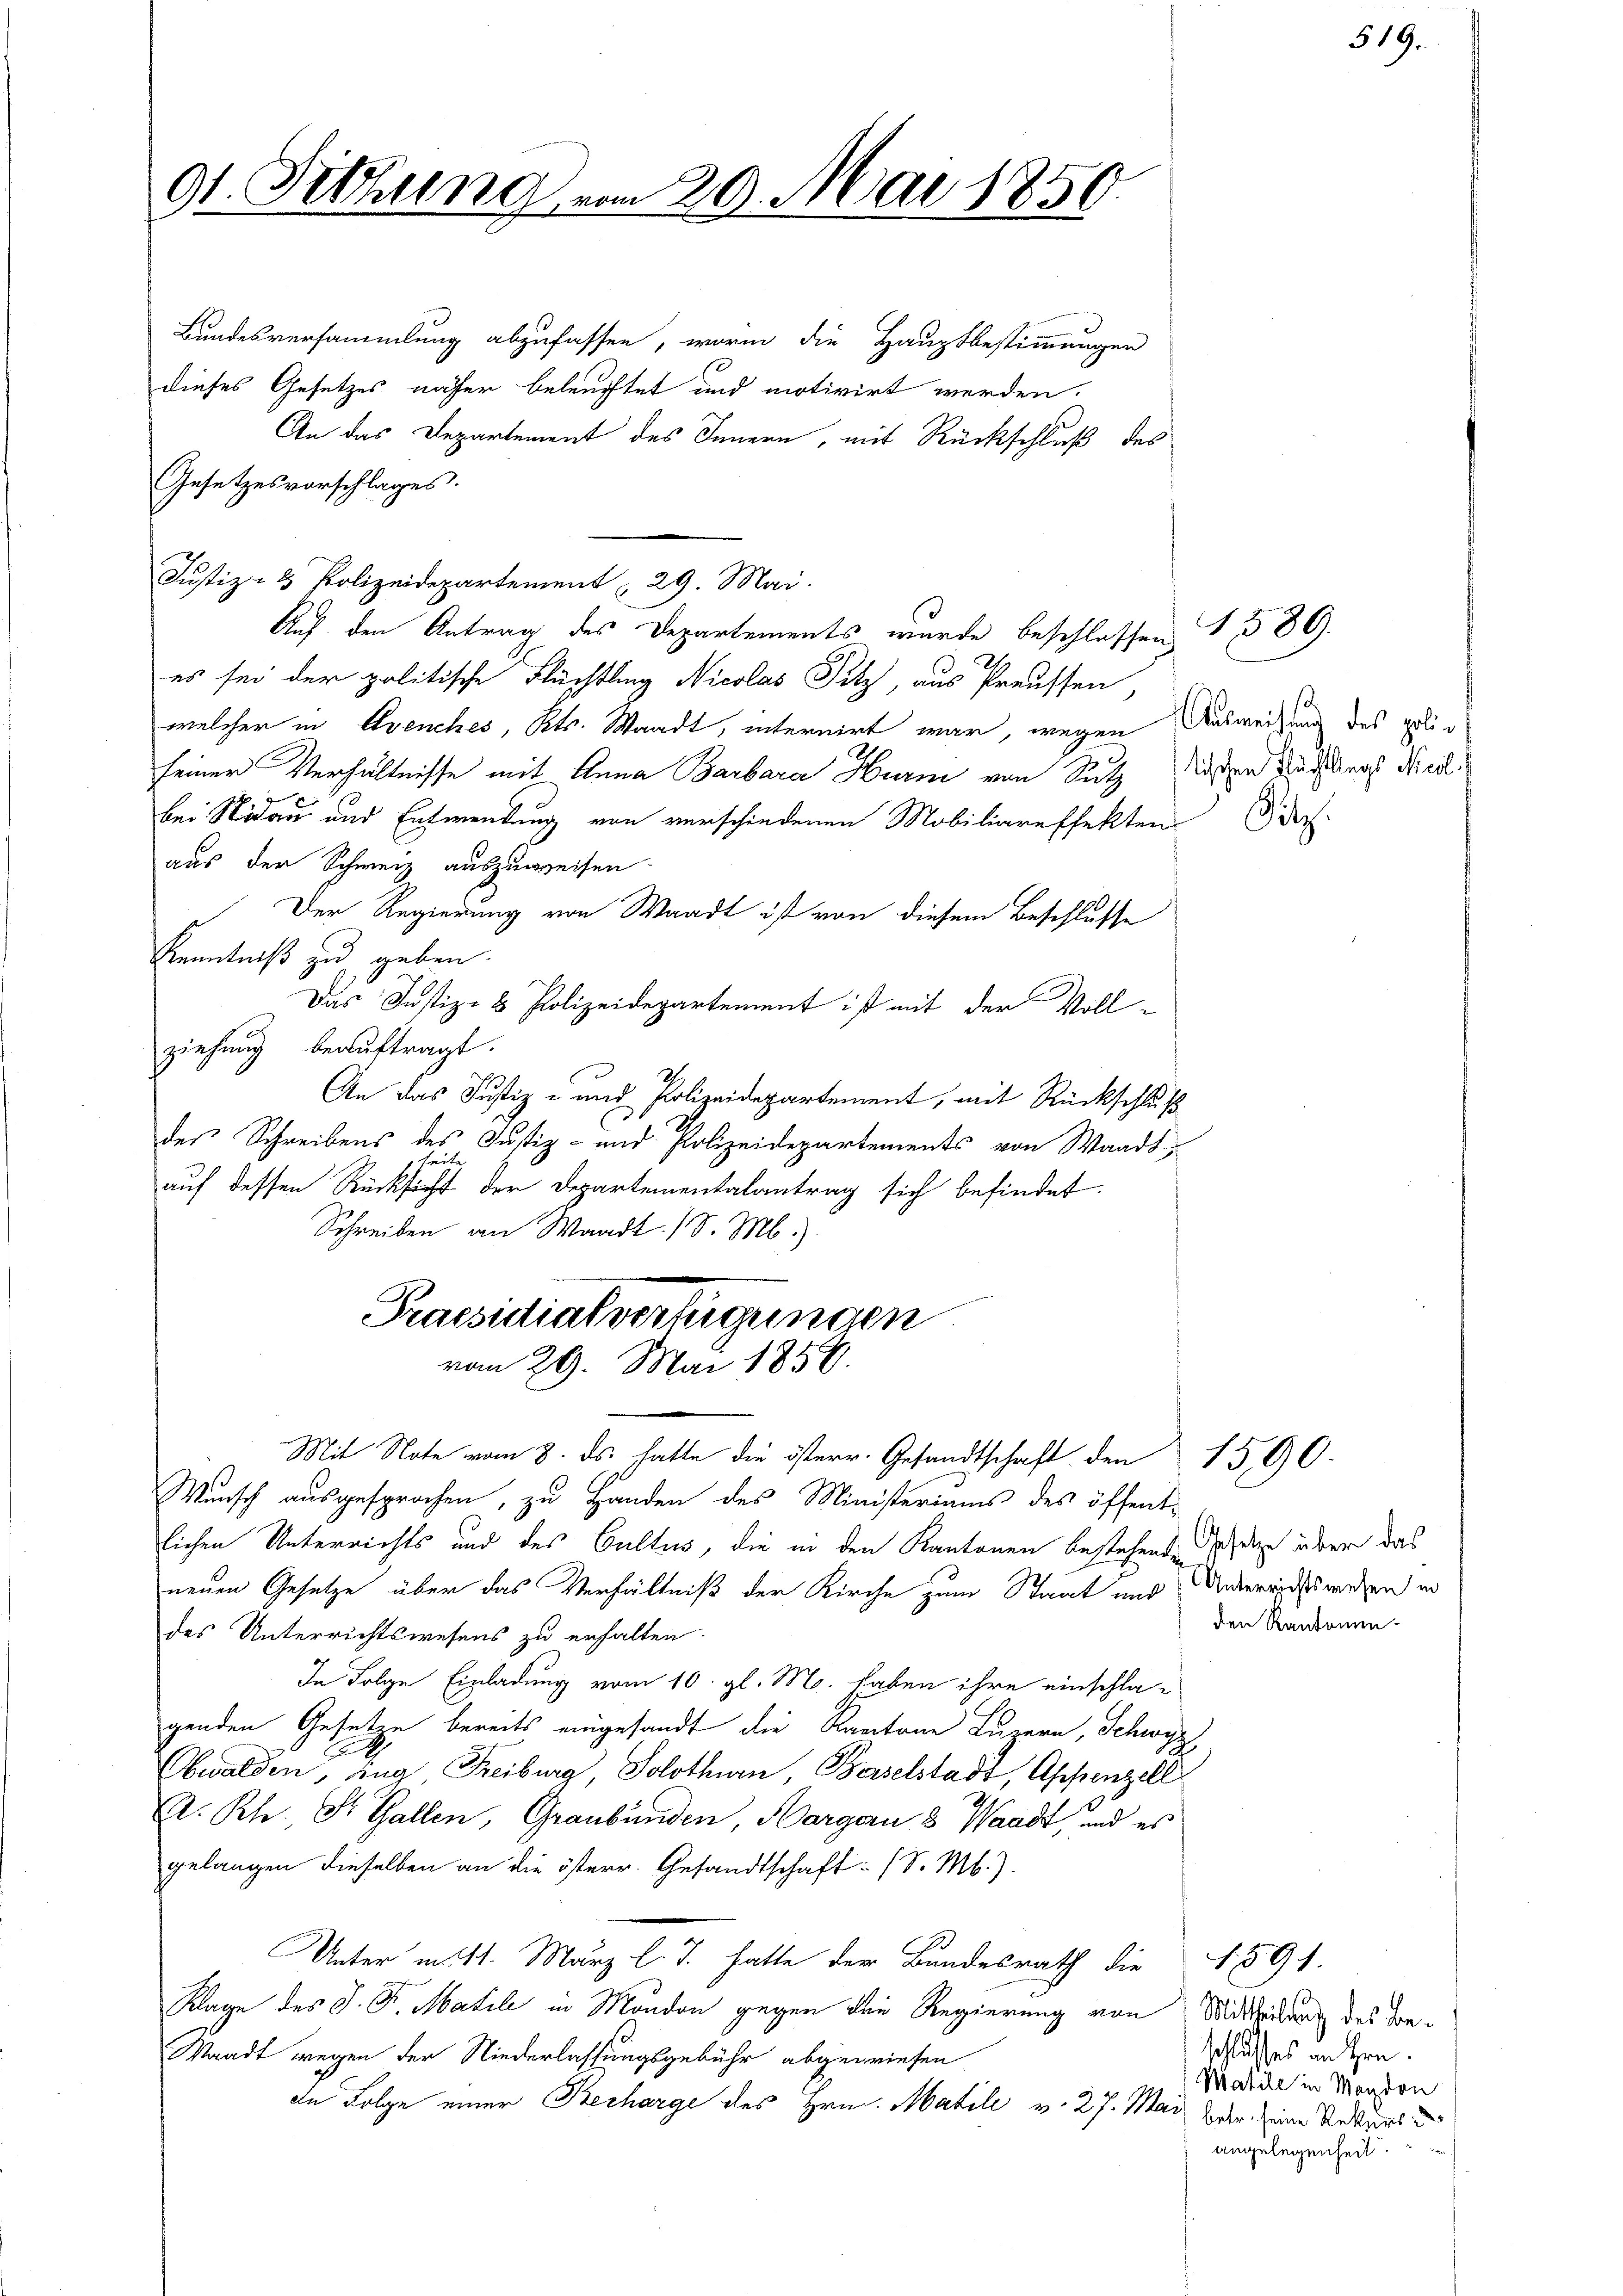
dt. Sitzung vom 20. Mai 1850.

Bundesversammlung abzufassen, worin die Hauptbestimmungen
dieses Gesetzes näher beleuchtet und motivirt werden.
An das Departement des Innern, mit Rückschluß des
Gesetzesvorschlages.
Justiz- & Polizeidepartement 29. Mai.
Auf den Antrag des Departements wurde beschlossen
es sei der politische Flüchtling Nicolas Sitz, aus Preussen,
welcher in Avenches, Kts. Waadt, internirt war, wegen Ausweisung des poliseiner Verhältnisse mit Anna Barbara Hurm von Sutz Wissen Auffangs Nied
bei Nidau und Entwendung von verschiedenen Mobiliareffekten doch
aus der Schweiz auszuweisen.
Der Regierung von Waadt ist von diesem Beschlusse
Kenntniß zu geben.
Das Justiz- & Polizeidepartement ist mit der Vollziehung beauftragt.
An das Justiz- und Polizeidepartement, mit Rückschluß
des Schreibens des Justiz- und Polizeidepartements von Waadt,
auf dessen Rücksicht der Departementalantrag sich befindet.
Schreiben an Waadt (S. M.)
Praesidiat verfügungen
vom 29. Mai 1859.
Mit Note vom 8. ds. hatte die österr. Gesandtschaft den 1590.
Wunsch ausgesprochen, zu Handen des Ministeriums des öffent-
lichen Unterrichts und des Cultus, die in den Kantonen bestehende es über das
neuen Gesetze über das Verhältniß der Kirche zum Staat und Unterrichtswegen in
des Unterrichtswesens zu erhalten.
In Folge Einladung vom 10. gl. M. haben ihre einschlagenden Gesetze bereits eingesandt die Kantone Luzern, Schwyz,
Obwalden, ing, Freiburg, Solothurn, Baselstadt, Appenzell
A. Rh., St. Gallen, Graubünden, Margau 8 Waadt, und es
gelangen dieselben an die österr. Gesandtschaft (S. M.).
Unter mit 11. März l. J. hatte der Bundesrath die 1891.
Klage des J. Dr. Matile in Mondon gegen den Regierung von Mittheilung des Con¬
Waadt wegen der Niederlassungsgebühr abgewiesen
In Folge einer Becharge des Hrn. Matile v. 27. Mai der eine Rekurs der

1589.

519.

den Rantonen-

schlusses an Hrn.
Matile in Mandon
angelegenheit.